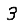
Digit: 3